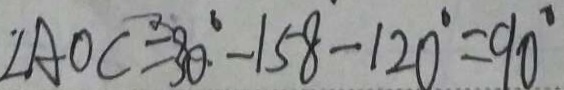
\angle A O C = 3 0 ^ { \circ } - 1 5 8 - 1 2 0 ^ { \circ } = 9 0 ^ { \circ }